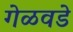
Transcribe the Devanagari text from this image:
गेळवडे